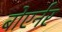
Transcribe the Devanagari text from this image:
बोएर्नर